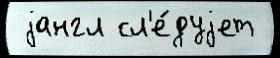
 jангл сл'е́дуjет